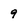
Character: 9